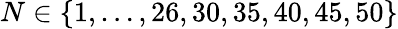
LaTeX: N\in\{ 1,\ldots,26,30,35,40,45,50\}